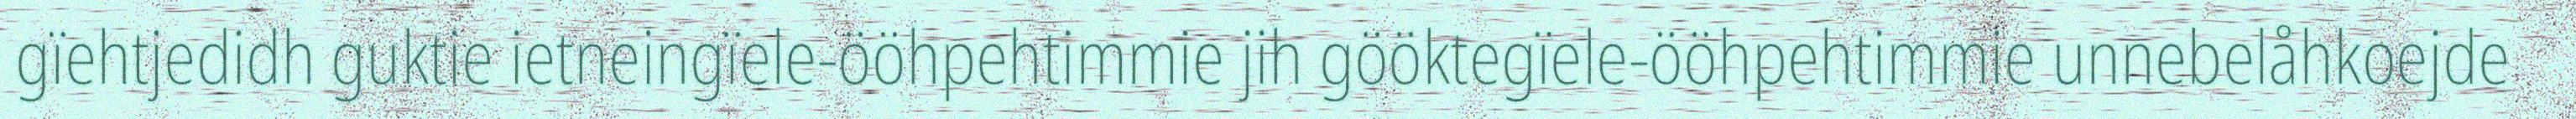
gïehtjedidh guktie ietneingïele-ööhpehtimmie jih gööktegïele-ööhpehtimmie unnebelåhkoejde